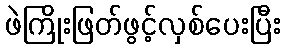
ဖဲကြိုးဖြတ်ဖွင့်လှစ်ပေးပြီး